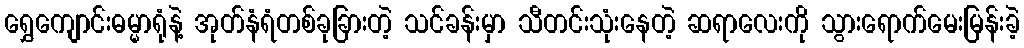
ရွှေကျောင်းဓမ္မာရုံနဲ့ အုတ်နံရံတစ်ခုခြားတဲ့ သင်ခန်းမှာ သီတင်းသုံးနေတဲ့ ဆရာလေးကို သွားရောက်မေးမြန်းခဲ့